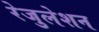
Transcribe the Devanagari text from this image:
रेजुलेशन